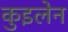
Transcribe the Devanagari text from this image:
कुइलेन